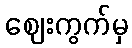
ဈေးကွက်မှ